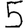
Digit: 5